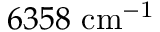
6 3 5 8 ~ \mathrm { c m ^ { - 1 } }